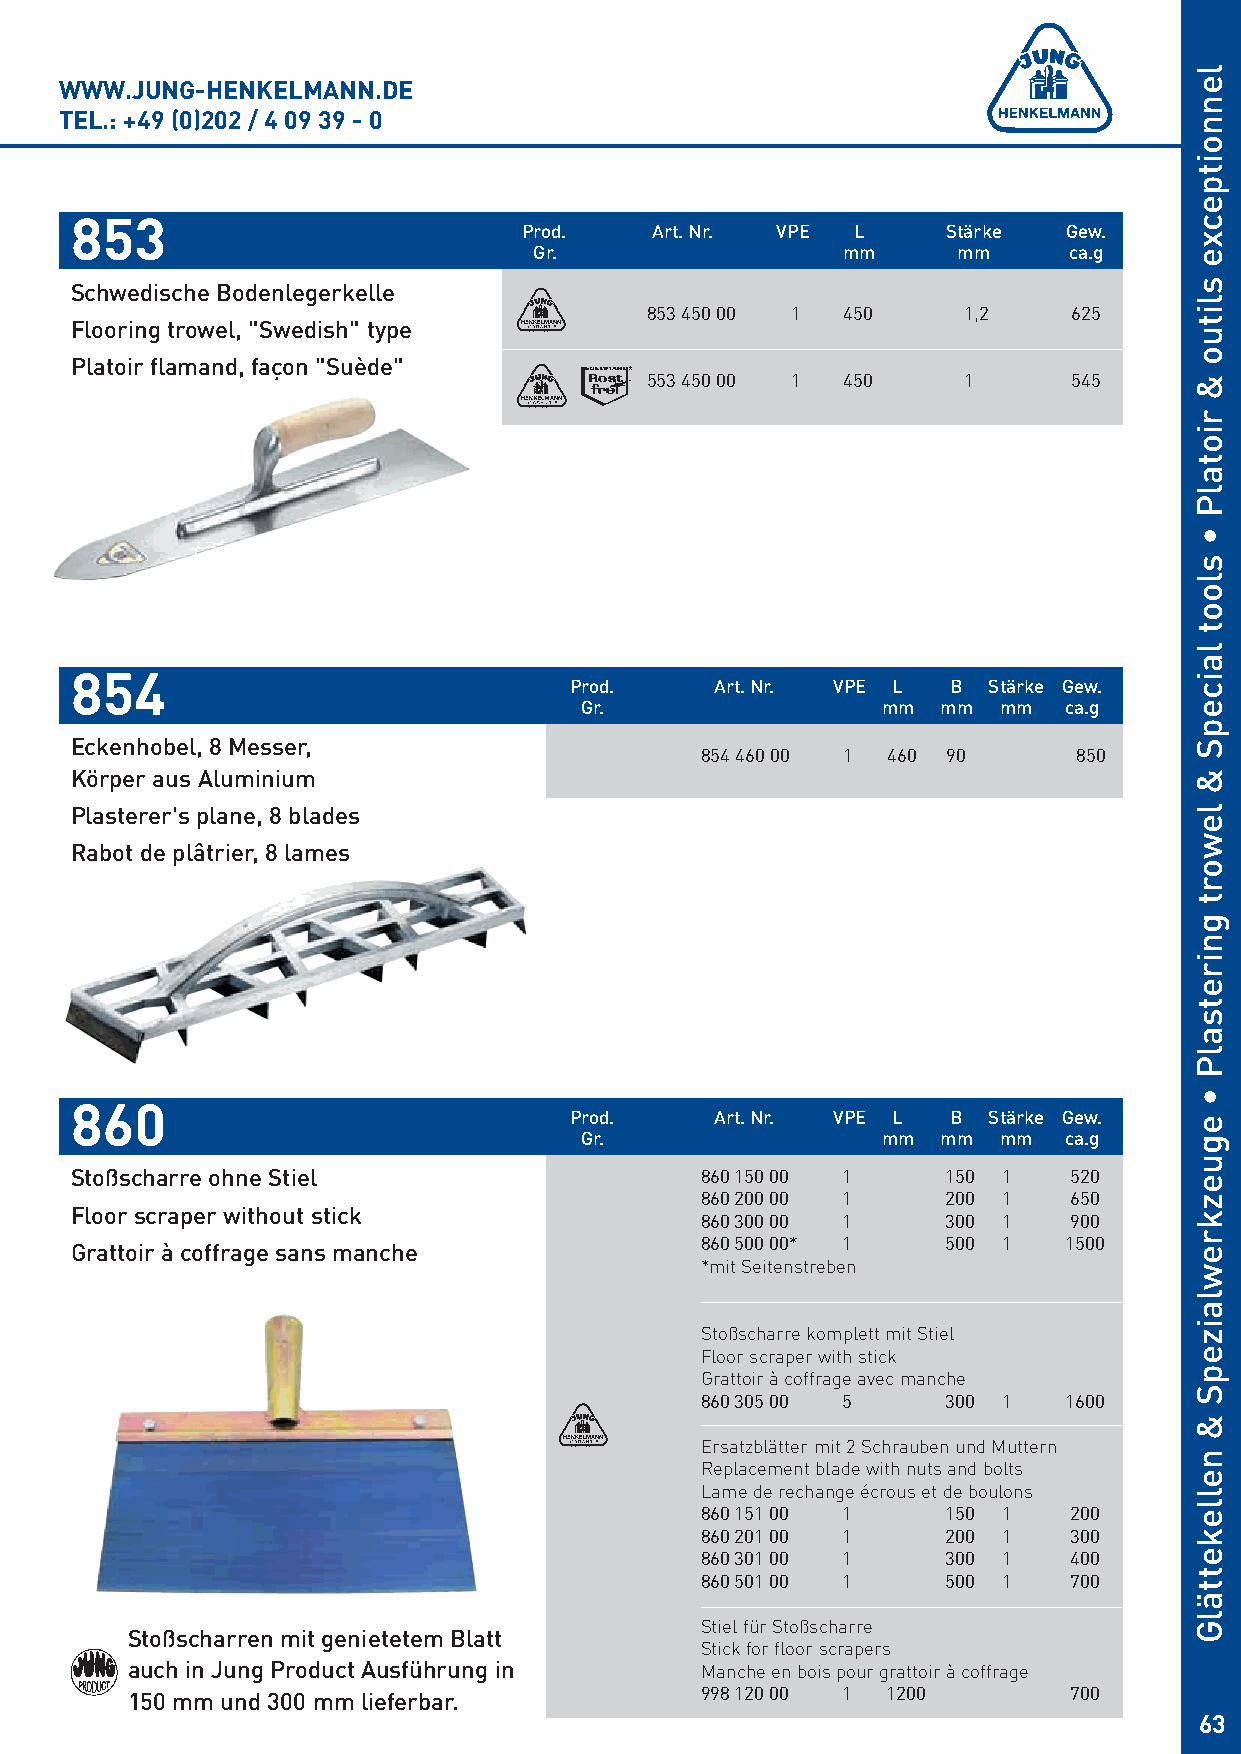
WWW.JUNG-HENKELMANN.DE
 TEL.: +49 (0)202 / 4 09 39 - 0
 853
 Prod.   Art. Nr. VPE L      Stärke Gew.
 Gr.                  mm     mm      ca.g
 Schwedische Bodenlegerkelle
 853 450 00 1 450     1,2    625
 Flooring trowel, "Swedish" type
 Platoir flamand, façon "Suède"
 553 450 00 1 450     1      545
 854
 Prod.    Art. Nr. VPE L  B Stärke Gew.
 Gr.                 mm  mm  mm  ca.g
 Eckenhobel, 8 Messer,
 854 460 00 1 460 90      850
 Körper aus Aluminium
 Plasterer's plane, 8 blades
 Rabot de plâtrier, 8 lames
 860
 Prod.    Art. Nr. VPE L  B Stärke Gew.
 Gr.                 mm  mm  mm  ca.g
 Stoßscharre ohne Stiel                   860 150 00 1     150 1   520
 860 200 00 1     200 1   650
 Floor scraper without stick
 860 300 00 1     300 1   900
 860 500 00* 1    500 1  1500
 Grattoir à coffrage sans manche
 *mit Seitenstreben
 Stoßscharre komplett mit Stiel
 Floor scraper with stick
 Grattoir à coffrage avec manche
 860 305 00 5     300 1  1600
 Ersatzblätter mit 2 Schrauben und Muttern
 Replacement blade with nuts and bolts
 Lame de rechange écrous et de boulons
 860 151 00 1     150 1   200
 860 201 00 1     200 1   300
 860 301 00 1     300 1   400
 860 501 00 1     500 1   700
 Stiel für Stoßscharre
 Stoßscharren mit genietetem Blatt
 Stick for floor scrapers
 auch in Jung Product Ausführung in    Manche en bois pour grattoir à coffrage
 150 mm und 300 mm lieferbar.          998 120 00 1 1200        700
 63
 lennoitpecxe
 slituo
 &
 riotalP
 •
 sloot
 laicepS
 &
 lewort
 gniretsalP
 •
 eguezkrewlaizepS
 &
 nellekettälG